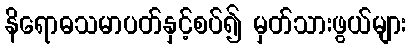
နိရောဓသမာပတ်နှင့်စပ်၍ မှတ်သားဖွယ်များ